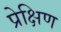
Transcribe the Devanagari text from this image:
प्रेक्षिण